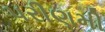
પરીણમી